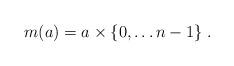
LaTeX: \begin{align*}m(a)=a\times\{0,\ldots n-1\}\;.\end{align*}